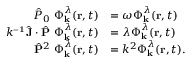
\begin{array} { r l } { \hat { P } _ { 0 } ~ \boldsymbol { \Phi } _ { \mathbf { k } } ^ { \lambda } ( \mathbf { r } , t ) } & { = \omega \boldsymbol { \Phi } _ { \mathbf { k } } ^ { \lambda } ( \mathbf { r } , t ) } \\ { k ^ { \scriptscriptstyle { - 1 } } \hat { \mathbf { J } } \cdot \hat { \mathbf { P } } ~ \boldsymbol { \Phi } _ { \mathbf { k } } ^ { \lambda } ( \mathbf { r } , t ) } & { = \lambda \boldsymbol { \Phi } _ { \mathbf { k } } ^ { \lambda } ( \mathbf { r } , t ) } \\ { \hat { \mathbf { P } } ^ { 2 } ~ \boldsymbol { \Phi } _ { \mathbf { k } } ^ { \lambda } ( \mathbf { r } , t ) } & { = k ^ { 2 } \boldsymbol { \Phi } _ { \mathbf { k } } ^ { \lambda } ( \mathbf { r } , t ) . } \end{array}